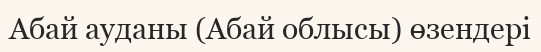
Абай ауданы (Абай облысы) өзендері